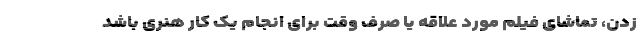
زدن، تماشای فیلم مورد علاقه یا صرف وقت برای انجام یک کار هنری باشد